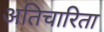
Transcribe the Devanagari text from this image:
अतिचारिता